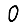
Digit: 0